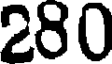
280